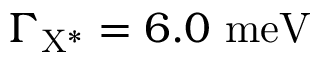
\Gamma _ { \mathrm { { X ^ { * } } } } = 6 . 0 ~ \mathrm { { m e V } }